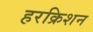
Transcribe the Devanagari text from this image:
हरक्रिशन